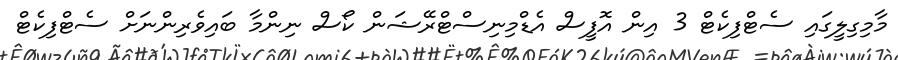
މާމިގިލީގައި ސެޓްފިކެޓް 3 އިން އޮފީސް އެޑްމިނިސްޓްރޭޝަން ކޯސް ނިންމާ ބައިވެރިންނަށް ސެޓްފިކެޓް